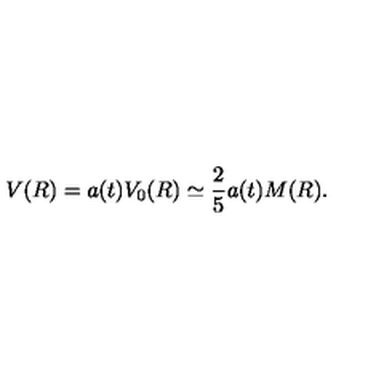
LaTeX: V ( R ) = a ( t ) V _ { 0 } ( R ) \simeq \frac { 2 } { 5 } a ( t ) M ( R ) .